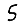
Digit: 5